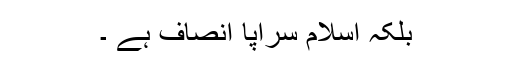
بلکہ اسلام سراپا انصاف ہے ۔